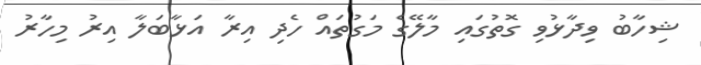
ޝިހާބު ވިދާޅުވި ގޮތުގައި މާލޭގެ މަގުތައް ހެދި އިރާ އަޅާބަލާ އިރު މިހާރު